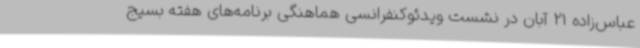
عباس‌زاده 21 آبان در نشست ویدئوکنفرانسی هماهنگی برنامه‌های هفته بسیج